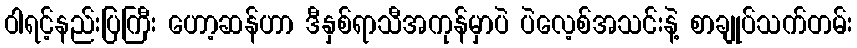
ဝါရင့်နည်းပြကြီး ဟော့ဆန်ဟာ ဒီနှစ်ရာသီအကုန်မှာပဲ ပဲလေ့စ်အသင်းနဲ့ စာချုပ်သက်တမ်း